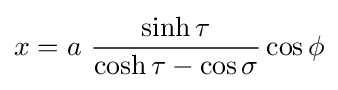
x=a\ {\frac {\sinh \tau }{\cosh \tau -\cos \sigma }}\cos \phi